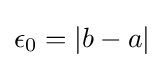
\epsilon _{0}=|b-a|